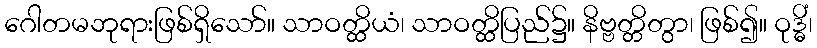
ဂေါတမဘုရားဖြစ်ရှိသော်။ သာဝတ္ထိယံ၊ သာဝတ္ထိပြည်၌။ နိဗ္ဗတ္တိတွာ၊ ဖြစ်၍။ ဝုဒ္ဓိံ၊